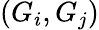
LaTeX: (G_{i},G_{j})